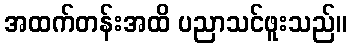
အထက်တန်းအထိ ပညာသင်ဖူးသည်။